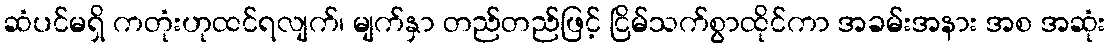
ဆံပင်မရှိ ကတုံးဟုထင်ရလျက်၊ မျက်နှာ တည်တည်ဖြင့် ငြိမ်သက်စွာထိုင်ကာ အခမ်းအနား အစ အဆုံး